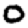
Digit: 0